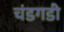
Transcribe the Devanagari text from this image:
चंडगडी